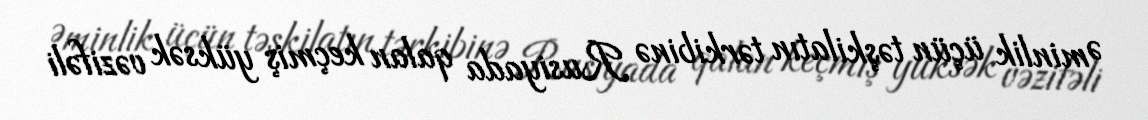
Əminlik üçün təşkilatın tərkibinə Rusiyada qalan keçmiş yüksək vəzifəli